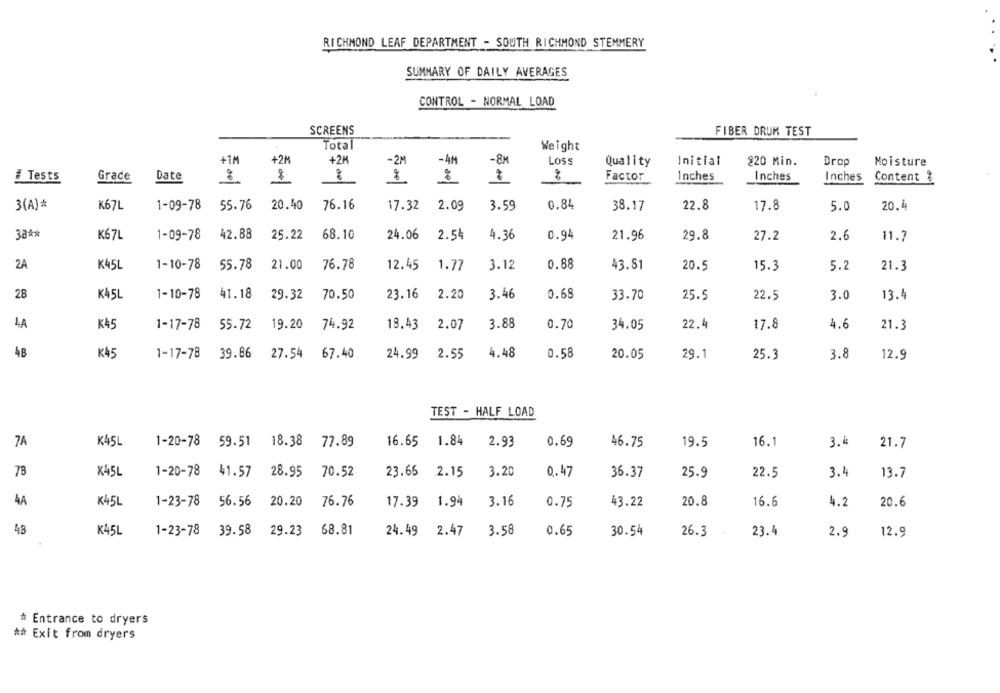
RICHMOND LEAF DEPARTMENT - SOUTH RICHMOND STEMMERY
SUMMARY OF DAILY AVERAGES
CONTROL - NORMAL LOAD
SCREENS
FIBER DRUM TEST
Total
Weight
+2M
+2M
+1M
-2M
-4M
-8M
Loss
Quality
Initial
220 Min.
Drop
Moisture
# Tests
Grade
Date
:
8
Factor
Inches
Inches
Inches
Content %
3(A)*
K67L
1-09-78
55.76
20.40
76.16
17.32
2.09
3.59
0.84
38.17
22.8
17.8
5.0
20.4
38 **
K67L
42.88
25.22
68.10
24.06
4.36
21.96
29.8
27.2
2.6
11.
1-09-78
2.54
0.94
2A
K45L
1-10-78
55.78
21.00
76.78
12.45
1.77
3.12
0.88
43.81
20.5
15.3
5.2
21.3
28
K45L
1-10-78
41.18
29.32
70.50
23.16
2.20
3.46
0.68
33.70
25.5
22.5
3.0
13.4
4A
K45
1-17-78
55.72
19.20
74.92
18.43
2.07
3.88
0.70
34.05
22.4
17.8
4.6
21.3
4B
K4
39.86
4.48
1-17-78
27.54
67.40
24.99
2.55
0.58
20.05
29.1
25.3
3.8
12.9
TEST - HALF LOAD
7A
K45L
1-20-78 59.51 18.38
77.89
16.65
1.84
2.93
0.69
46.75
19.5
16.1
3.1
21.7
7B
X45L
1-20-78
41.57
28.95
70.52
23.66 2.15
3.20
0.47
36.37
25.9
22.5
3.4
13.7
4A
K45L
1-23-78
56.56
20.20
76.76
17.39
1.94
3.16
0.75
43.22
20.8
16.6
4.2
20.6
48
K45L
1-23-78 39.58 29.23
68.81
24.49 2.47
3.58
0.65
30.54
26.3
23.4
2.9
12.9
* Entrance to dryers
** Exit from dryers